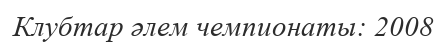
Клубтар әлем чемпионаты: 2008